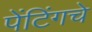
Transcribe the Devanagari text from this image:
पेंटिंगचे